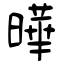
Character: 曄